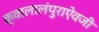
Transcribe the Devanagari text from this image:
क्वालालंपुराऐवजी